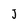
Character: J